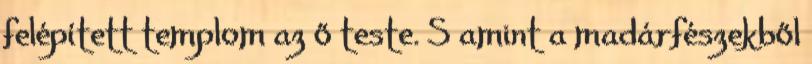
felépített templom az ő teste. S amint a madárfészekből